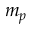
m _ { p }